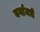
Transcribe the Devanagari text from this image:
वर्गामधे